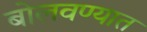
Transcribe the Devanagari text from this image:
बोलवण्यात